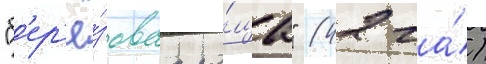
"б'ер'ё́зоваа ро́ща" (42 га́)